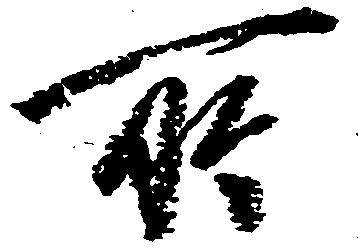
所